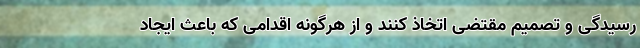
رسیدگی و تصمیم مقتضی اتخاذ کنند و از هرگونه اقدامی که باعث ایجاد